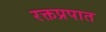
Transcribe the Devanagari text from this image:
रक्तप्रपात